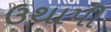
ઉથાપી